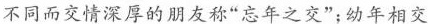
不同而交情深厚的朋友称”忘年之交”；幼年相交